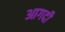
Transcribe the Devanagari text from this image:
आगदी